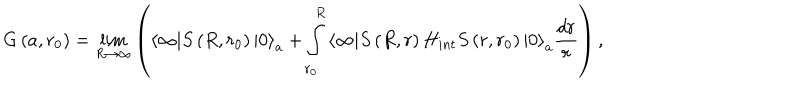
G \left( a , r _ { 0 } \right) = \lim _ { R \rightarrow \infty } \left( \left\langle \infty | S \left( R , r _ { 0 } \right) | 0 \right\rangle _ { a } + \int _ { r _ { 0 } } ^ { R } \left\langle \infty | S \left( R , r \right) H _ { i n t } S \left( r , r _ { 0 } \right) | 0 \right\rangle _ { a } \frac { d r } { r } \right) ,